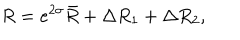
LaTeX: R = e ^ { 2 \sigma } \bar { R } + \Delta R _ { 1 } + \Delta R _ { 2 } ,